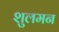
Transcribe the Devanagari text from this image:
शुलमन